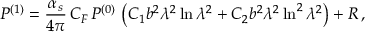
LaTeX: { \cal P } ^ { ( 1 ) } = \frac { \alpha _ { s } } { 4 \pi } \, C _ { F } \, { \cal P } ^ { ( 0 ) } \, \left( C _ { 1 } b ^ { 2 } \lambda ^ { 2 } \ln \lambda ^ { 2 } + C _ { 2 } b ^ { 2 } \lambda ^ { 2 } \ln ^ { 2 } \lambda ^ { 2 } \right) + R \, ,